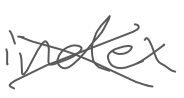
Text: index
Cross-out: cross
Writing tool: digital_gray